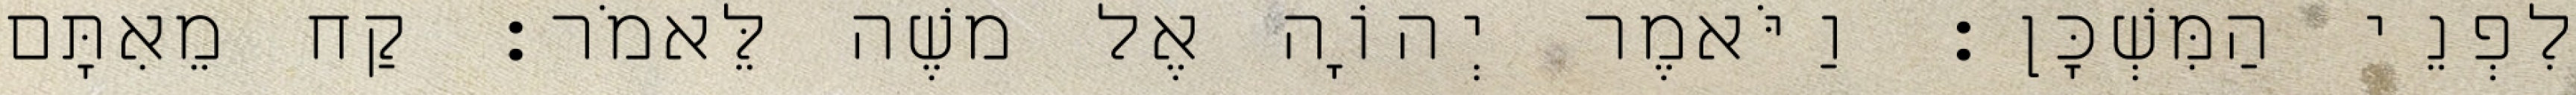
לִפְנֵי הַמִּשְׁכָּן׃ וַיֹּאמֶר יְהוָֹה אֶל משֶׁה לֵּאמֹר׃ קַח מֵאִתָּם